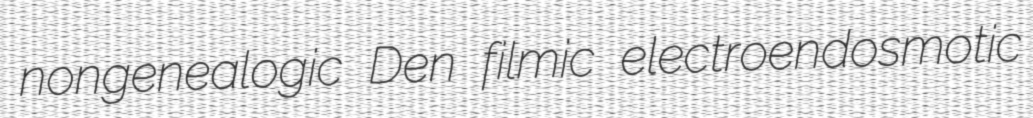
nongenealogic Den filmic electroendosmotic